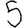
Digit: 5